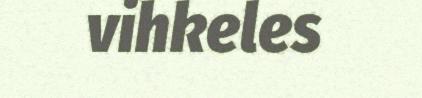
vihkeles